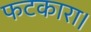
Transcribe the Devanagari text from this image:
फटकारा।